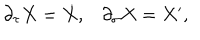
LaTeX: \begin{array} { c c } { { \partial _ { \tau } X = \dot { X } , } } & { { \partial _ { \sigma } X = X ^ { \prime } , } } \\ \end{array}